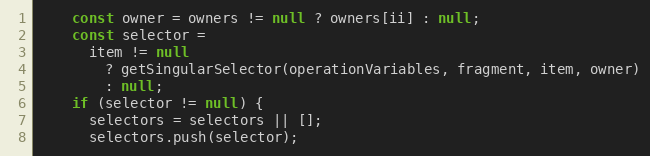
Language: JavaScript
    const owner = owners != null ? owners[ii] : null;
    const selector =
      item != null
        ? getSingularSelector(operationVariables, fragment, item, owner)
        : null;
    if (selector != null) {
      selectors = selectors || [];
      selectors.push(selector);